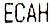
ECAH